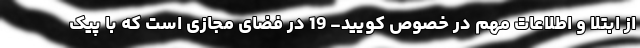
از ابتلا و اطلاعات مهم در خصوص کویید- 19 در فضای مجازی است که با پیک